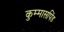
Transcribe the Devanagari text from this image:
कुम्मासपिंड